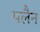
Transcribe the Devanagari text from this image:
पलैन